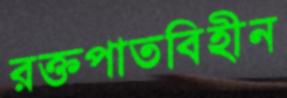
রক্তপাতবিহীন